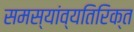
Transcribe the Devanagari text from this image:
समस्यांव्यतिरिक्त